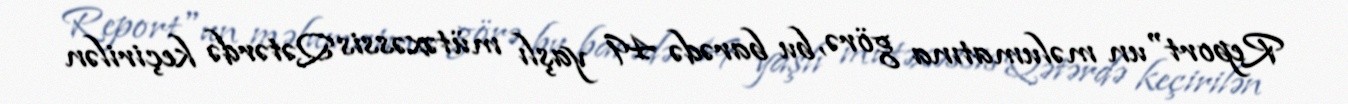
Report"un məlumatına görə, bu barədə 49 yaşlı mütəxəssis Qətərdə keçirilən